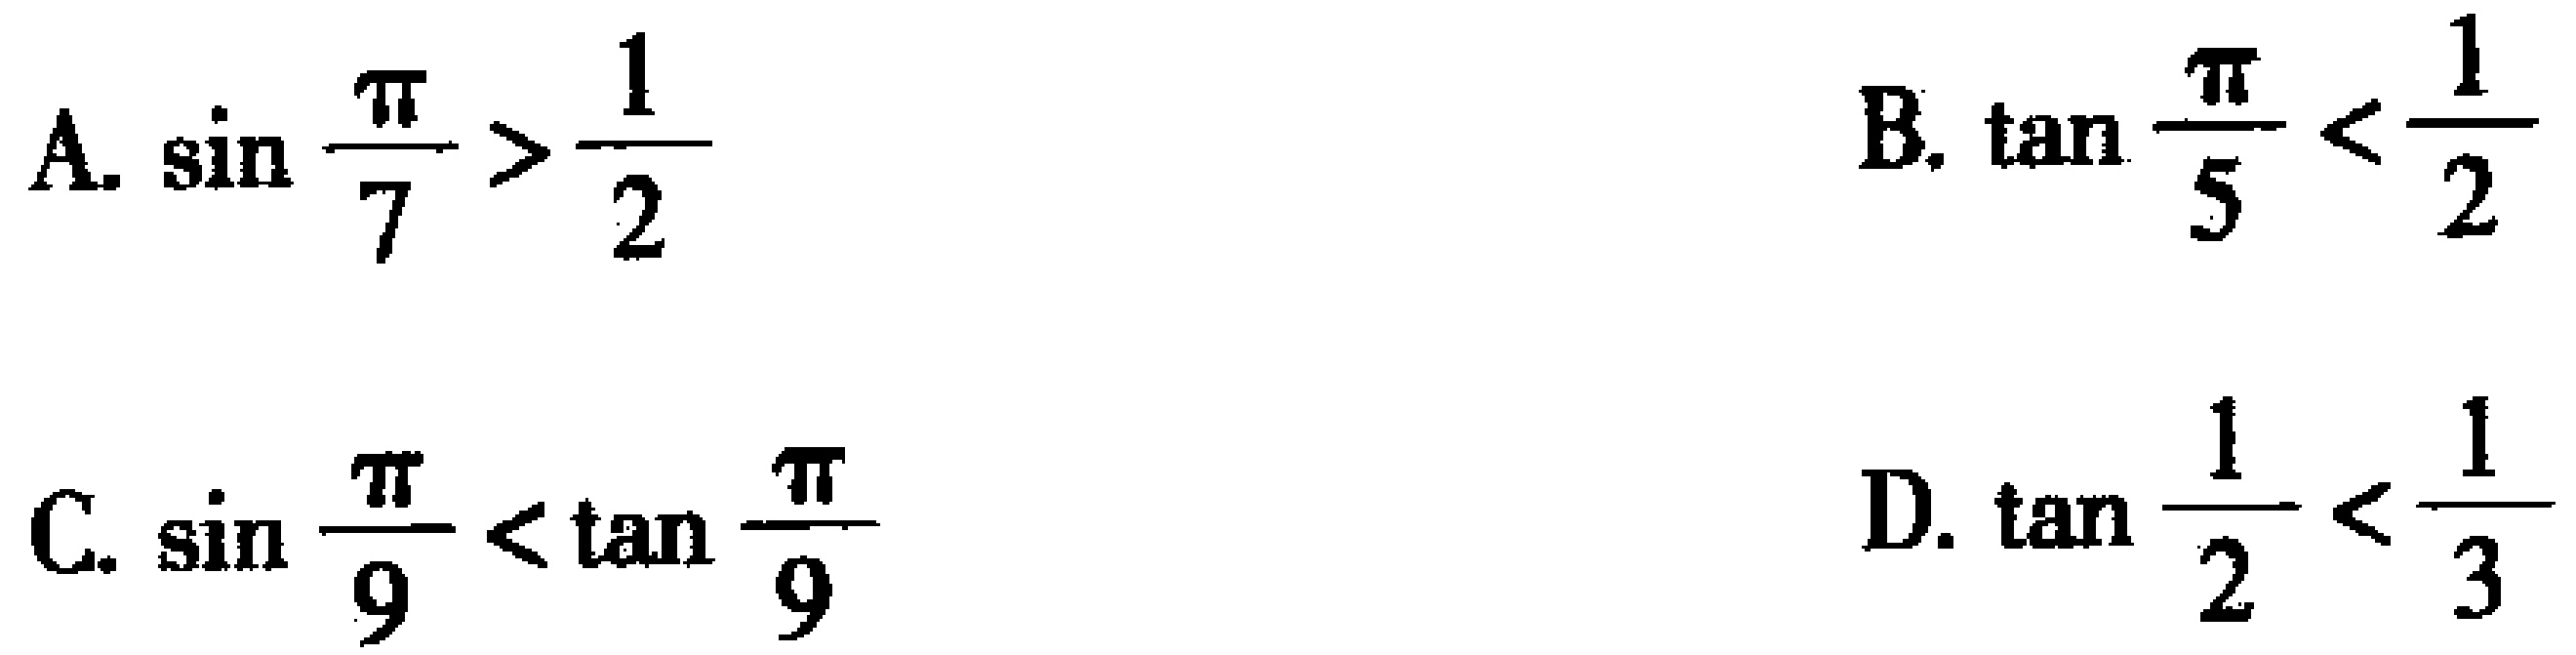
A. $\sin\frac{\pi}{7}>\frac{1}{2}$
B. $\tan\frac{\pi}{5}<\frac{1}{2}$
C. $\sin\frac{\pi}{9}<\tan\frac{\pi}{9}$
D. $\tan\frac{1}{2}<\frac{1}{3}$